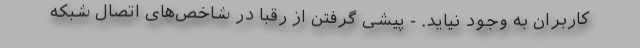
کاربران به وجود نیاید. - پیشی گرفتن از رقبا در شاخص‌های اتصال شبکه